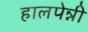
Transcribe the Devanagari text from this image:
हालपेन्नी